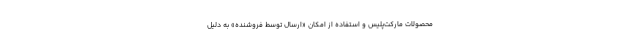
محصولات مارکت‌پلیس و استفاده از امکان «ارسال توسط فروشنده» به دلیل